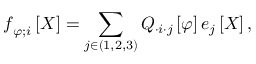
\boldsymbol { \mathscr { f } } _ { \varphi ; i } \left[ X \right] = \sum _ { j \in ( 1 , 2 , 3 ) } Q _ { \cdot i \cdot j } \left[ \varphi \right] \boldsymbol { \mathscr { e } } _ { j } \left[ X \right] ,